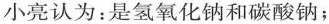
小亮认为：是氢氧化钠和碳酸钠；